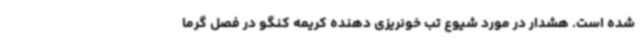
شده است. هشدار در مورد شیوع تب خونریزی ‌دهنده کریمه کنگو در فصل گرما